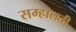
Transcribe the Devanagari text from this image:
सम्हालती